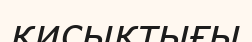
қисықтығы